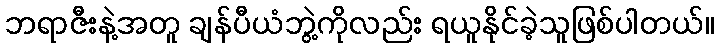
ဘရာဇီးနဲ့အတူ ချန်ပီယံဘွဲ့ကိုလည်း ရယူနိုင်ခဲ့သူဖြစ်ပါတယ်။